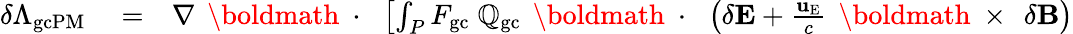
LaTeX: \begin{array}{rlr}{\delta\Lambda_{\mathrm{gcPM}}}&{{}=}&{\nabla\, \mathrm{~\boldmath~\cdot~}\, \left[\int_{P}F_{\mathrm{gc}}\; \mathbb{Q}_{\mathrm{gc}}\, \mathrm{~\boldmath~\cdot~}\, \left(\delta{\mathbf E}+\frac{{\mathbf u}_{\mathrm{E}}}{c}\, \mathrm{~\boldmath~\times~}\, \delta{\mathbf B}\right)\right.}\end{array}